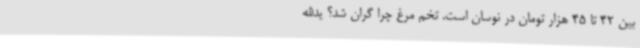
بین 42 تا 45 هزار تومان در نوسان است. تخم مرغ چرا گران شد؟ یدالله